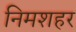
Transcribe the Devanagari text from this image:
निमशहर